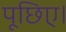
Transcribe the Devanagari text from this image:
पूछिए।